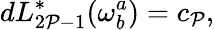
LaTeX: dL_{2\mathcal{P}-1}^{*}(\omega_{b}^{a})=c_{\mathcal{P}},